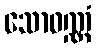
သောဝဏ္ဏံ